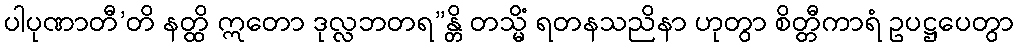
ပါပုဏာတီ’တိ နတ္ထိ ဣတော ဒုလ္လဘတရ”န္တိ တသ္မိံ ရတနသညိနာ ဟုတွာ စိတ္တီကာရံ ဥပဋ္ဌပေတွာ